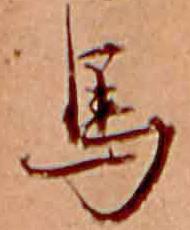
馬